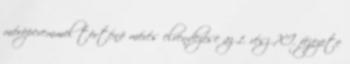
mérõperemmel történõ mérés elrendezése az 1. rész XI. fejezete